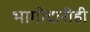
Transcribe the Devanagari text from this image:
भागीदारीही